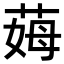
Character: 𦲝